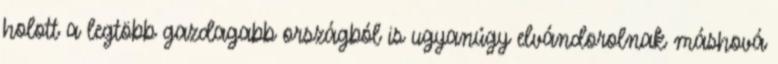
holott a legtöbb gazdagabb országból is ugyanúgy elvándorolnak máshová